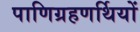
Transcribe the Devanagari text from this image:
पाणिग्रहणर्थियों